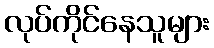
လုပ်ကိုင်နေသူများ